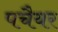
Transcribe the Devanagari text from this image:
पचैयर